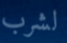
لشرب